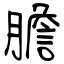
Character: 膽